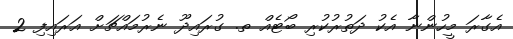
އެގާރަ މީހުންނާ އެކު ދަތުރުކުރި ބޯޓެއް ތ. ގުރައިދޫ ނެރުމައްޗަށް އަރައިފި 2